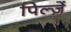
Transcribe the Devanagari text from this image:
पिल्ज़ें